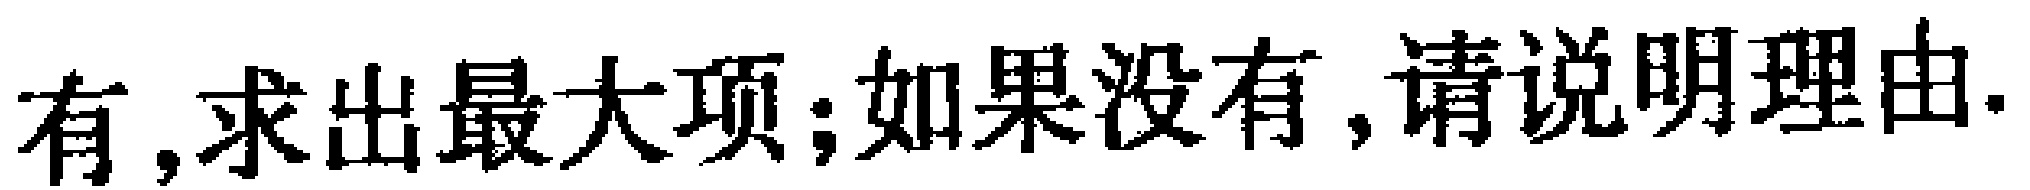
有,求出最大项;如果没有,请说明理由.